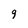
Character: 9